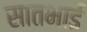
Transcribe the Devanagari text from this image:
सातभाई